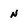
Character: n